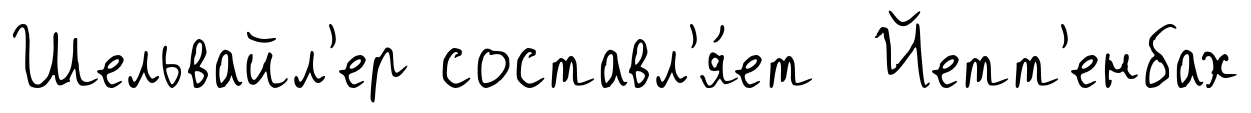
Шельвайл'ер составл'я́ет Йетт'енбах